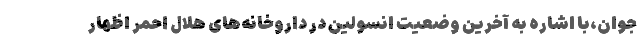
جوان،با اشاره به آخرین وضعیت انسولین در داروخانه‌های هلال احمر اظهار